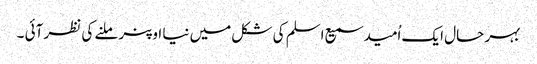
بہر حال ایک اُمید سمیع اسلم کی شکل میں نیا اوپنر ملنے کی نظر آئی ۔